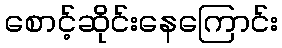
စောင့်ဆိုင်းနေကြောင်း